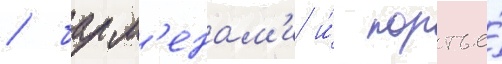
/ барм'енам'и и́ портье́